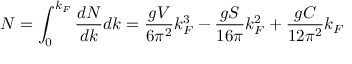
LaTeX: N = \int _ { 0 } ^ { k _ { F } } { \frac { d N } { d k } } d k = { \frac { g V } { 6 \pi ^ { 2 } } } k _ { F } ^ { 3 } - { \frac { g S } { 1 6 \pi } } k _ { F } ^ { 2 } + { \frac { g C } { 1 2 \pi ^ { 2 } } } k _ { F }